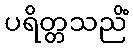
ပရိတ္တသညိံ